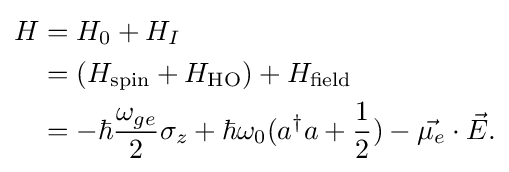
{\begin{aligned}H&=H_{0}+H_{I}\\&=(H_{\rm {spin}}+H_{\rm {HO}})+H_{\rm {field}}\\&=-\hbar {\frac {\omega _{ge}}{2}}\sigma _{z}+\hbar \omega _{0}(a^{\dagger }a+{\frac {1}{2}})-{\vec {\mu _{e}}}\cdot {\vec {E}}.\end{aligned}}